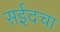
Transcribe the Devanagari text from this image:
सईदचा